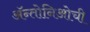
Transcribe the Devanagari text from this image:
ॲन्तोनिओची